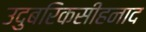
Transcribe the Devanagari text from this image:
उदुबरिकसीहनाद